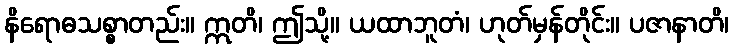
နိရောဓသစ္စာတည်း။ ဣတိ၊ ဤသို့။ ယထာဘူတံ၊ ဟုတ်မှန်တိုင်း။ ပဇာနာတိ၊